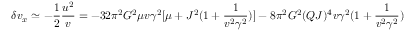
\delta v _ { x } \simeq - \frac { 1 } { 2 } \frac { u ^ { 2 } } { v } = - 3 2 \pi ^ { 2 } G ^ { 2 } \mu v \gamma ^ { 2 } [ \mu + J ^ { 2 } ( 1 + \frac { 1 } { v ^ { 2 } \gamma ^ { 2 } } ) ] - 8 \pi ^ { 2 } G ^ { 2 } ( Q J ) ^ { 4 } v \gamma ^ { 2 } ( 1 + \frac { 1 } { v ^ { 2 } \gamma ^ { 2 } } )